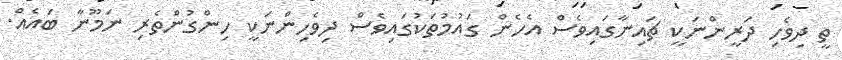
ތީ ދިވެހި ދަރީންނަކީ ޗައިނާގައިވެސް އެހެން ގައުމުތަކުގައިވެސް ދިވެހިންނަކީ ހިންގުންތެރި ނަމޫނާ ބައެއް.